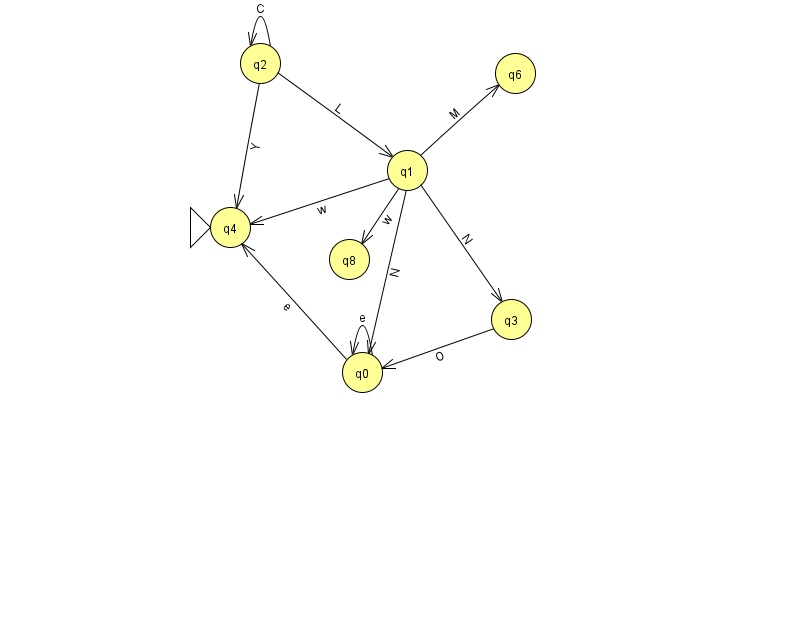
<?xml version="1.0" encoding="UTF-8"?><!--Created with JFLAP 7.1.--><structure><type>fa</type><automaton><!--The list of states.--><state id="0" name="q0"><x>362.0</x><y>359.0</y></state><state id="1" name="q1"><x>407.0</x><y>157.0</y></state><state id="2" name="q2"><x>260.0</x><y>50.0</y></state><state id="3" name="q3"><x>511.0</x><y>306.0</y></state><state id="4" name="q4"><x>230.0</x><y>214.0</y><initial/></state><state id="6" name="q6"><x>515.0</x><y>60.0</y></state><state id="8" name="q8"><x>349.0</x><y>246.0</y></state><!--The list of transitions.--><transition><from>2</from><to>2</to><read>C</read></transition><transition><from>1</from><to>3</to><read>N</read></transition><transition><from>1</from><to>4</to><read>w</read></transition><transition><from>0</from><to>0</to><read>e</read></transition><transition><from>0</from><to>4</to><read>e</read></transition><transition><from>3</from><to>0</to><read>O</read></transition><transition><from>2</from><to>4</to><read>Y</read></transition><transition><from>1</from><to>6</to><read>M</read></transition><transition><from>1</from><to>0</to><read>N</read></transition><transition><from>1</from><to>8</to><read>w</read></transition><transition><from>2</from><to>1</to><read>L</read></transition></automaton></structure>